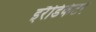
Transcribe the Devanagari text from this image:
इरैडिकेटर